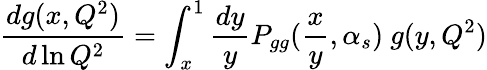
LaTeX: \frac{dg(x,Q^{2})}{d\ln Q^{2}}=\int_{x}^{1}\frac{dy}{y}P_{gg}(\frac{x}{y},\alpha_{s})\ g(y,Q^{2})